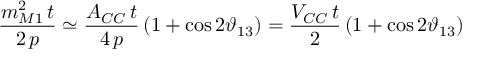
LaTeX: \frac { m _ { M 1 } ^ { 2 } \, t } { 2 \, p } \simeq \frac { A _ { C C } \, t } { 4 \, p } \left( 1 + \cos 2 \vartheta _ { 1 3 } \right) = \frac { V _ { C C } \, t } { 2 } \left( 1 + \cos 2 \vartheta _ { 1 3 } \right)